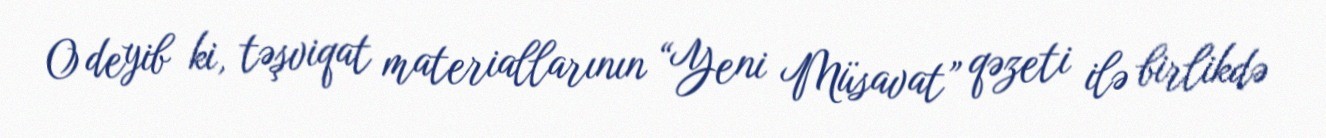
O deyib ki, təşviqat materiallarının “Yeni Müsavat” qəzeti ilə birlikdə